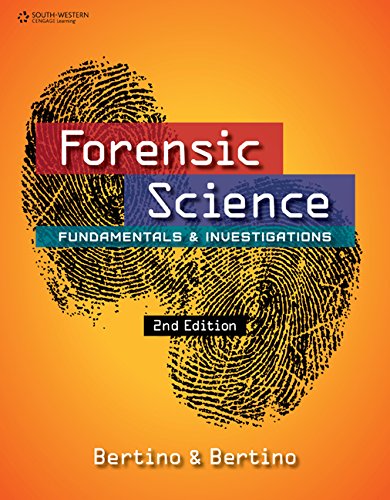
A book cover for Forensic Science: Fundamentals and Investigations; Anthony J. Bertino; Law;